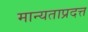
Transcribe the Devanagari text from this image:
मान्यताप्रदत्त